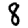
Digit: 8